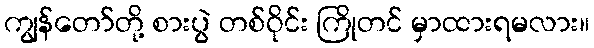
ကျွန်တော်တို့ စားပွဲ တစ်ဝိုင်း ကြိုတင် မှာထားရမလား။